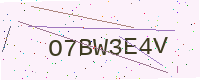
Text: O7BW3E4V